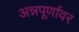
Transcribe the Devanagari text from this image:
अन्नपूर्णावर